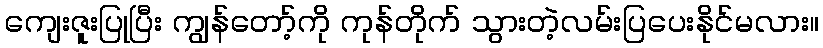
ကျေးဇူးပြုပြီး ကျွန်တော့်ကို ကုန်တိုက် သွားတဲ့လမ်းပြပေးနိုင်မလား။